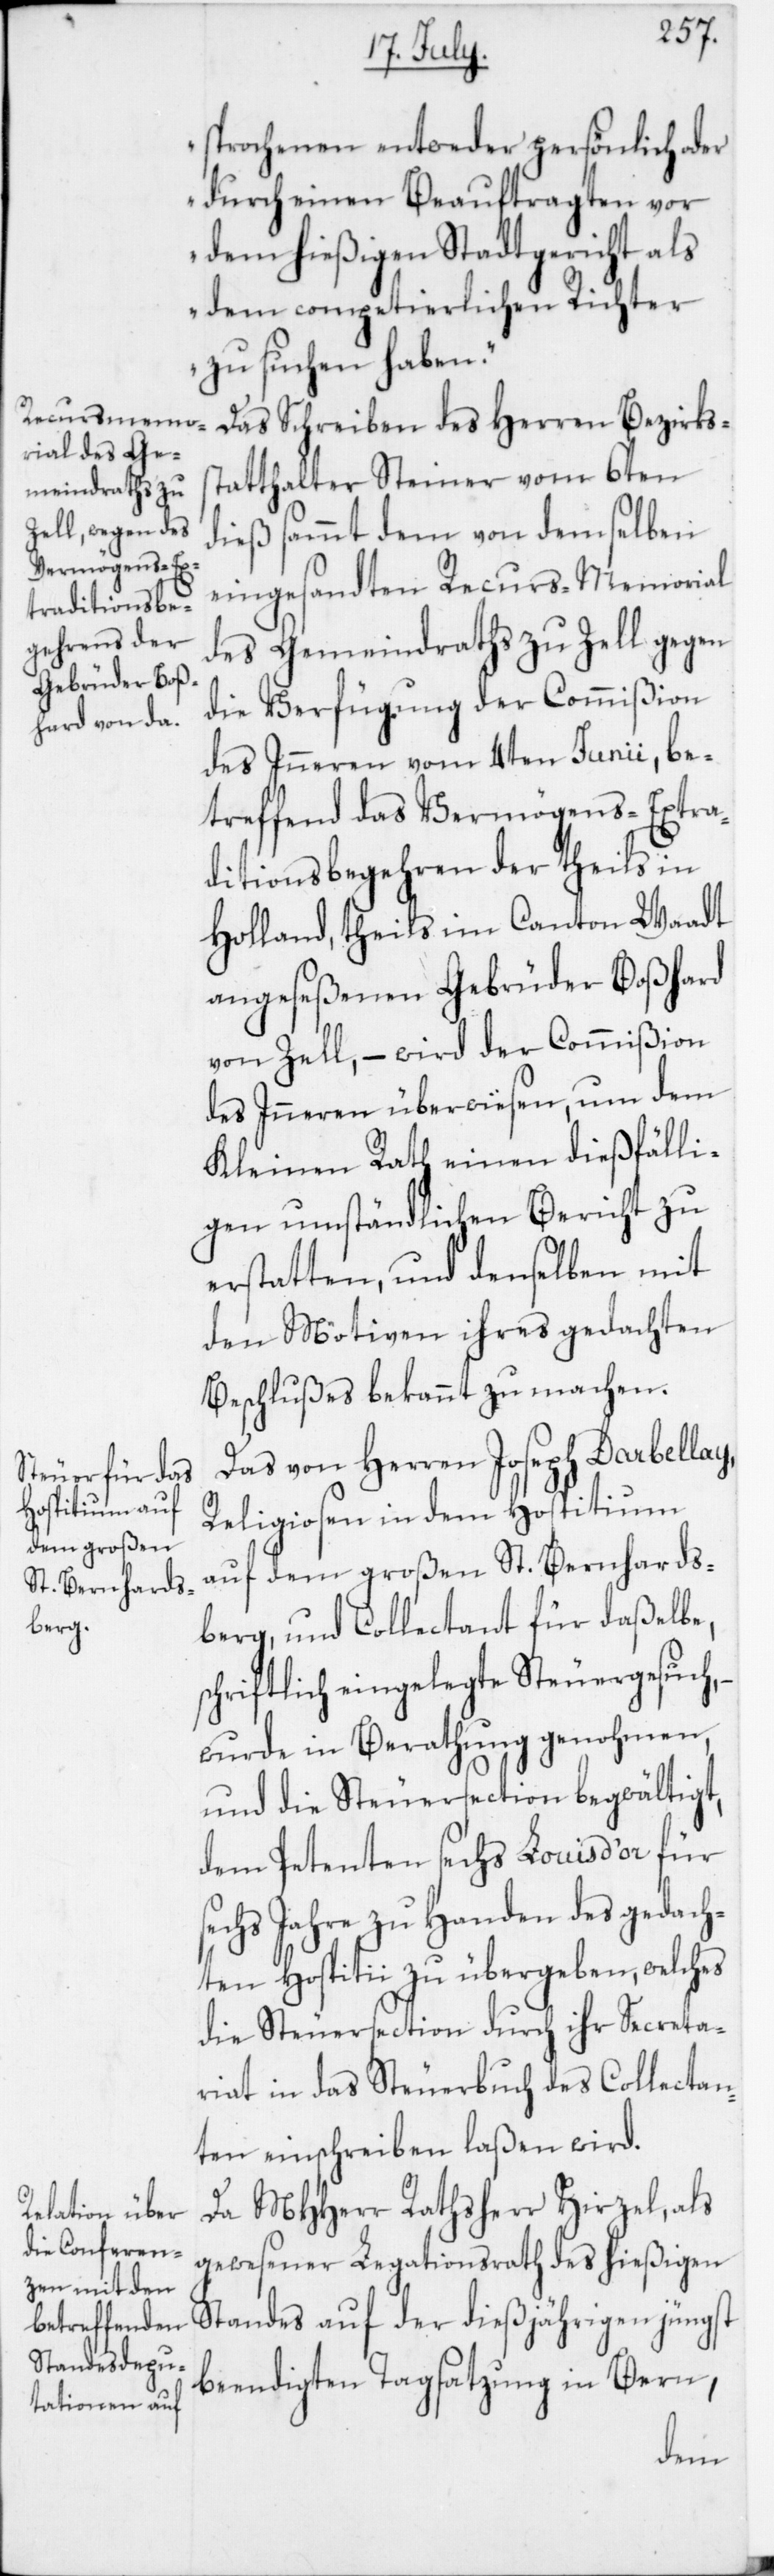
sprochenen entweder persönlich oder
durch einen Beauftragten vor
dem hießigen Stadtgericht als
dem competierlichen Richter
zu suchen haben.“
Das Schreiben des Herren Bezirks¬
statthalter Steiner vom 6ten
dieß sammt dem von demselben
eingesandten Recurs-Memorial
des Gemeindraths zu Zell gegen
die Verfügung der Commißion
des Inneren vom 4ten Junii, be¬
treffend das Vermögens-Extra¬
ditionsbegehren der theils in
Holland, theils im Canton Waadt
angeseßenen Gebrüder Boßhard
von Zell, – wird der Commißion
des Inneren überwiesen, um dem
Kleinen Rath einen dießfälli¬
gen umständlichen Bericht zu
erstatten, und denselben mit
den Motiven ihres gedachten
Beschlußes bekannt zu machen.
Das von Herren Joseph Darbellay,
Religiosen in dem Hospitium
auf dem großen St. Bernhards¬
berg und Collectant für daßelbe,
schriftlich eingelegte Steuergesuch,
wurde in Berathung genohmen
und die Steuersection begwältigt,
dem Petenten sechs Louis d’or für
sechs Jahre zu Handen des gedach¬
ten Hospitii zu übergeben, welches
die Steuersection durch ihr Secreta¬
riat in das Steuerbuch des Collectan¬
ten einschreiben laßen wird.
Da MHHerr Rathsherr Hirzel, als
gewesener Legationsrath des hießigen
Standes auf der dießjährigen jüngst
beendigten Tagsatzung in Bern,